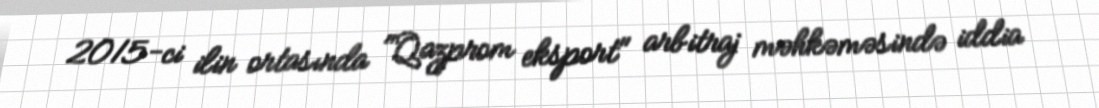
2015-ci ilin ortasında "Qazprom eksport" arbitraj məhkəməsində iddia